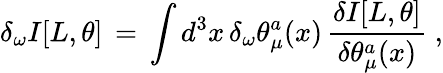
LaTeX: \delta_{\omega}I[L,\theta]\, =\, \int d^{3}x\, \delta_{\omega}\theta_{\mu}^{a}(x)\, \frac{\delta I[L,\theta]}{\delta\theta_{\mu}^{a}(x)}\; ,